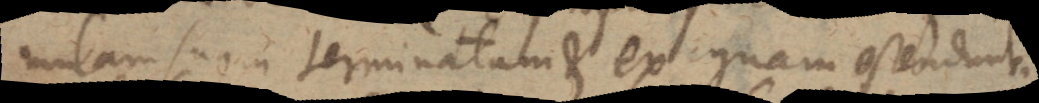
mulam suam terminatam et exiguam ostendunt.